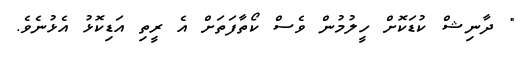
" ދާނިޝް ކުޑަކޮށް ހީލުމުން ވެސް ކޯތާފަތަށް އެ ރީތި އަޑިކޮޅު އެޅުނެވެ.